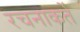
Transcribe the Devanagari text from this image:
रचनाकर्ते